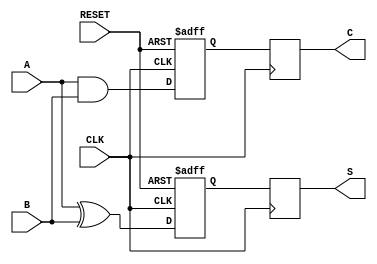
module sequential_half_adder (
    input wire A,           // Input A
    input wire B,           // Input B
    input wire CLK,         // Clock signal
    input wire RESET,       // Active-high reset signal
    output reg S,           // Sum output
    output reg C            // Carry output
);

// Internal registers to hold the current state
reg sum_reg;
reg carry_reg;

// Always block to handle the synchronous logic
always @(posedge CLK or posedge RESET) begin
    if (RESET) begin
        // Initialize flip-flops to 0 on reset
        sum_reg <= 1'b0;
        carry_reg <= 1'b0;
    end else begin
        // Compute new sum and carry
        sum_reg <= A ^ B;    // S_new = A XOR B
        carry_reg <= A & B;  // C_new = A AND B
    end
end

// Assign outputs from the registers
always @(posedge CLK) begin
    S <= sum_reg;          // Output S takes the value of sum_reg
    C <= carry_reg;        // Output C takes the value of carry_reg
end

endmodule